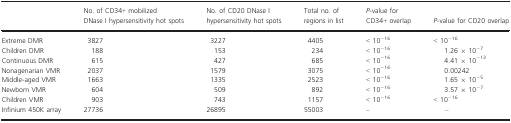
<table><thead><tr><td></td><td><b>No. of CD34+ mobilized DNase I hypersensitivity hot spots</b></td><td><b>No. of CD20 DNase I hypersensitivity hot spots</b></td><td><b>Total no. of regions in list</b></td><td><b><i>P</i>-value for CD34+ overlap</b></td><td><b><i>P</i>-value for CD20 overlap</b></td></tr></thead><tbody><tr><td>Extreme DMR</td><td>3827</td><td>3227</td><td>4405</td><td>&lt; 10<sup>−16</sup></td><td>&lt; 10<sup>−16</sup></td></tr><tr><td>Children DMR</td><td>188</td><td>153</td><td>234</td><td>&lt; 10<sup>−16</sup></td><td>1.26 × 10<sup>−7</sup></td></tr><tr><td>Continuous DMR</td><td>615</td><td>427</td><td>685</td><td>&lt; 10<sup>−16</sup></td><td>4.41 × 10<sup>−13</sup></td></tr><tr><td>Nonagenarian VMR</td><td>2037</td><td>1579</td><td>3075</td><td>&lt; 10<sup>−16</sup></td><td>0.00242</td></tr><tr><td>Middle-aged VMR</td><td>1663</td><td>1335</td><td>2523</td><td>&lt; 10<sup>−16</sup></td><td>1.65 × 10<sup>−5</sup></td></tr><tr><td>Newborn VMR</td><td>604</td><td>509</td><td>892</td><td>&lt; 10<sup>−16</sup></td><td>3.57 × 10<sup>−7</sup></td></tr><tr><td>Children VMR</td><td>903</td><td>743</td><td>1157</td><td>&lt; 10<sup>−16</sup></td><td>&lt; 10<sup>−16</sup></td></tr><tr><td>Infinium 450K array</td><td>27736</td><td>26895</td><td>55003</td><td>–</td><td>–</td></tr></tbody></table>